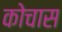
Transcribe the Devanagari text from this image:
कोचास